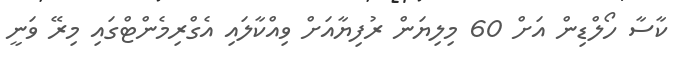
ކާސާ ހޯލްޑިން އަށް 60 މިލިޔަން ރުފިޔާއަށް ވިއްކާލައި އެގްރިމެންޓްގައި މިރޭ ވަނީ